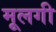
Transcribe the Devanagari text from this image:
मूलगी